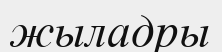
жыладры